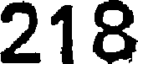
218